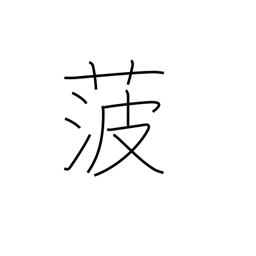
Meaning: spinach